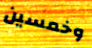
وخمسين